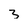
Character: 3